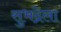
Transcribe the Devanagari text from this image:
सुभद्रेला